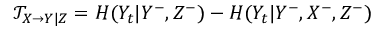
\mathcal { T } _ { X \rightarrow Y | Z } = H ( Y _ { t } | Y ^ { - } , Z ^ { - } ) - H ( Y _ { t } | Y ^ { - } , X ^ { - } , Z ^ { - } )